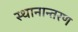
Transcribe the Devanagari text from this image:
स्‍थानान्‍तरण